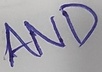
Text: AND